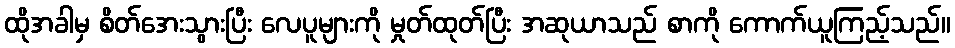
ထိုအခါမှ စိတ်အေးသွားပြီး လေပူများကို မှုတ်ထုတ်ပြီး အဆုယာသည် စာကို ကောက်ယူကြည့်သည်။